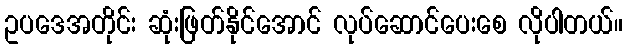
ဥပဒေအတိုင်း ဆုံးဖြတ်နိုင်အောင် လုပ်ဆောင်ပေးစေ လိုပါတယ်။